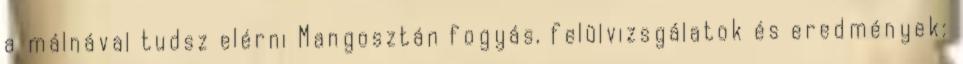
a málnával tudsz elérni Mangosztán fogyás, felülvizsgálatok és eredmények: